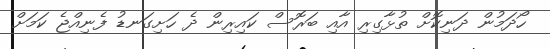
ހޯދަމުން ދަނިކޮށް ތުޅާގިރި އާއި ބަރޮސް ކައިރިން ދެ ހަށިގަނޑު ފެނިއްޖެ ކަމަށް